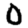
Digit: 0